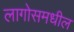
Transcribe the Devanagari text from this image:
लागोसमधील